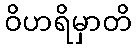
ဝိဟရိမှာတိ